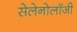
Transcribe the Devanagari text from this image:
सेलेनोलॉजी